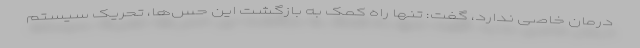
درمان خاصی ندارد، گفت: تنها راه کمک به بازگشت این حس‌ها، تحریک سیستم